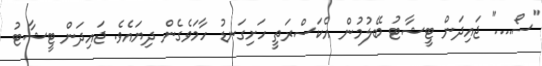
"ސޯ...." ޖައިދަން ޓީޝާޓު ބޭލުމުން އެކަސްރަތީ ހަށިގަނޑު ހާމަވެގެން ދިޔައެވެ. ޖައިދަން ޓީޝާޓު